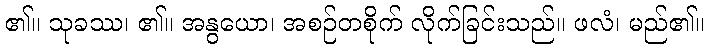
၏။ သုခဿ၊ ၏။ အနွယော၊ အစဉ်တစိုက် လိုက်ခြင်းသည်။ ဖလံ၊ မည်၏။